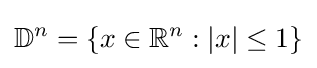
\mathbb {D} ^{n}=\{x\in \mathbb {R} ^{n}:|x|\leq 1\}